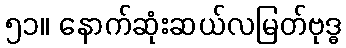
၅၁။ နောက်ဆုံးဆယ်လမြတ်ဗုဒ္ဓ